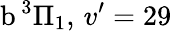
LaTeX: \textrm{b}\, ^{3}\Pi_{1},\, v^{\prime}=29